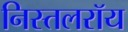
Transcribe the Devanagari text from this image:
निस्तलरॉय